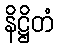
နိဋ္ဌိတံ